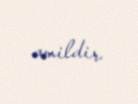
amildir.